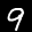
Label: 9